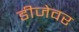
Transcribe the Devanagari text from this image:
डीजेवर